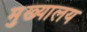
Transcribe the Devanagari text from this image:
मुख्यालय